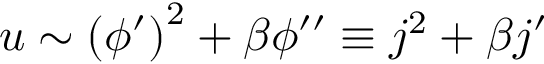
u \sim \left( \phi ^ { \prime } \right) ^ { 2 } + \beta \phi ^ { \prime \prime } \equiv j ^ { 2 } + \beta j ^ { \prime }